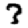
Digit: 3